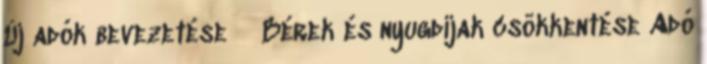
Új adók bevezetése  Bérek és nyugdíjak csökkentése Adó